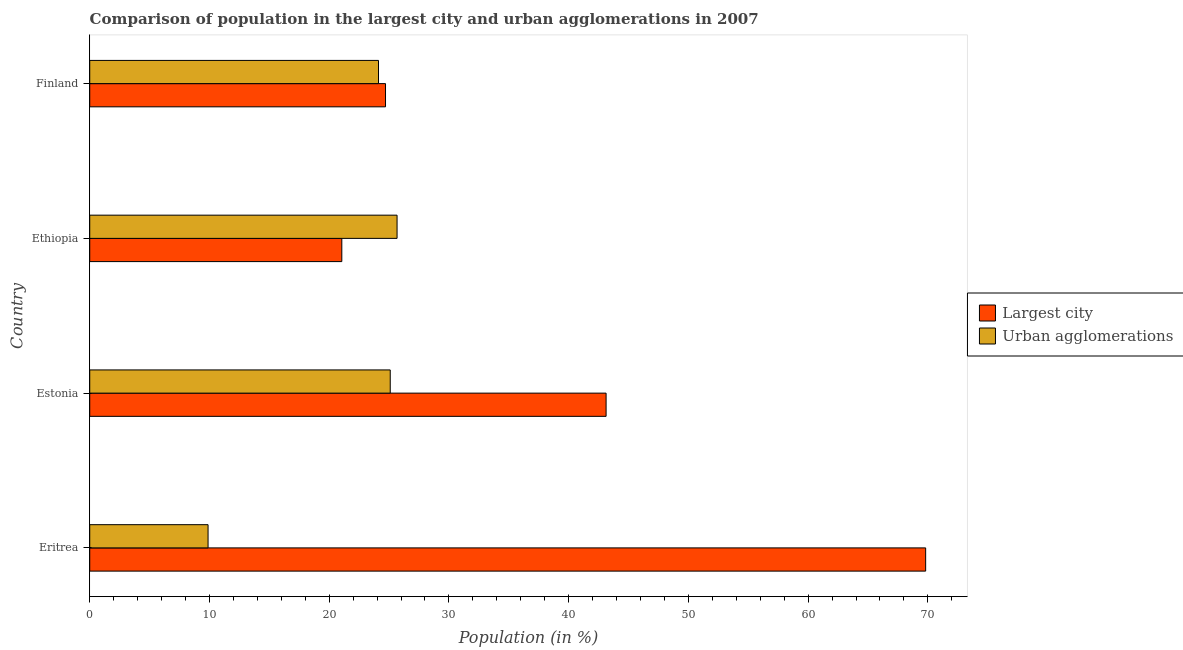
| Country | Largest city | Urban agglomerations |
 | --- | --- | --- |
 | Eritrea | 69.8 | 9.88 |
 | Estonia | 43.1 | 25.1 |
 | Ethiopia | 21.1 | 25.7 |
 | Finland | 24.7 | 24.1 |